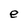
Character: e